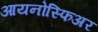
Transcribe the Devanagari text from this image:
आयनोस्फिअर